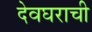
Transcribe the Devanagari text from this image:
देवघराची